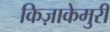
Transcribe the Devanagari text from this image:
किज़ाकेमुरी